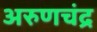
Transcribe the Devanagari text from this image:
अरुणचंद्र